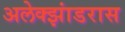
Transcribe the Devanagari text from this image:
अलेक्झांडरास